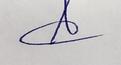
Signature authenticity: genuine